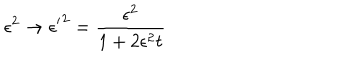
LaTeX: \epsilon ^ { 2 } \rightarrow { \epsilon ^ { \prime } } ^ { 2 } = \frac { \epsilon ^ { 2 } } { 1 + 2 \epsilon ^ { 2 } t }